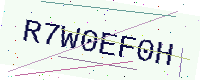
Text: R7W0EF0H